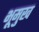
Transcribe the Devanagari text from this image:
भूमुख